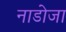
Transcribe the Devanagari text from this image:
नाडोजा